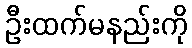
ဦးထက်မနည်းကို